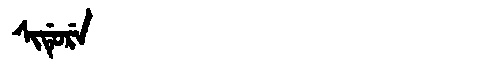
Manchu: ᠰᡳᡩᡠᡵᡝ
Romanization: SIDURE